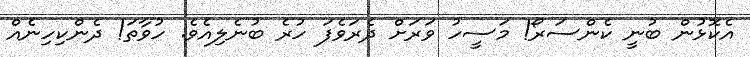
އެކޮޅުން ބުނީ ކެންސަރޯ! މަސީހު ވަރަށް ދެރަވެފަ ހުރެ ބުނެލިއެވެ. ހުވާތަ! ދެންކިހިނެއް